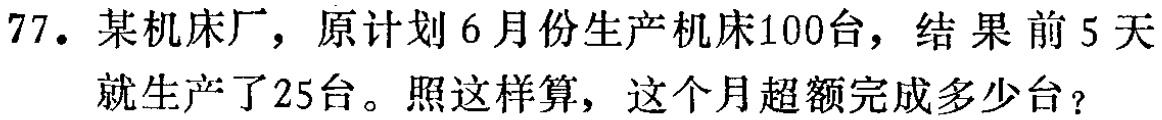
77. 某机床厂，原计划6月份生产机床100台，结果前5天就生产了25台。照这样算，这个月超额完成多少台？